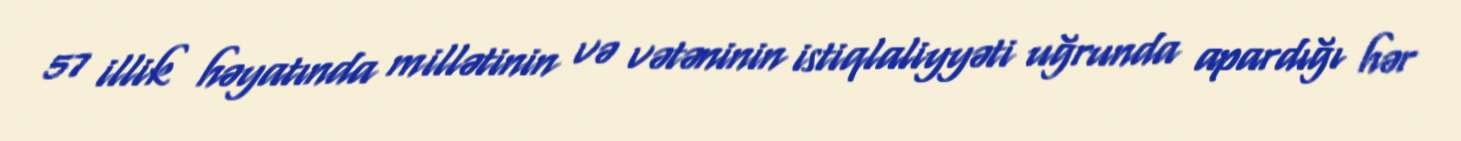
57 illik həyatında millətinin və vətəninin istiqlaliyyəti uğrunda apardığı hər